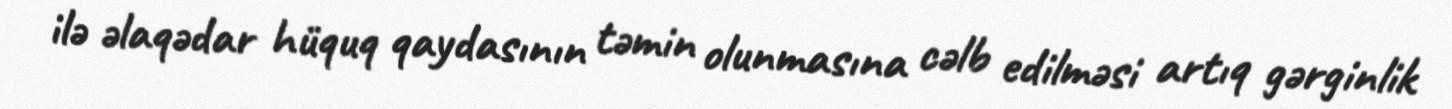
ilə əlaqədar hüquq qaydasının təmin olunmasına cəlb edilməsi artıq gərginlik